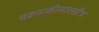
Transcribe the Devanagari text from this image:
चक्रवाकीसारखीच